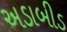
અડાબીડ